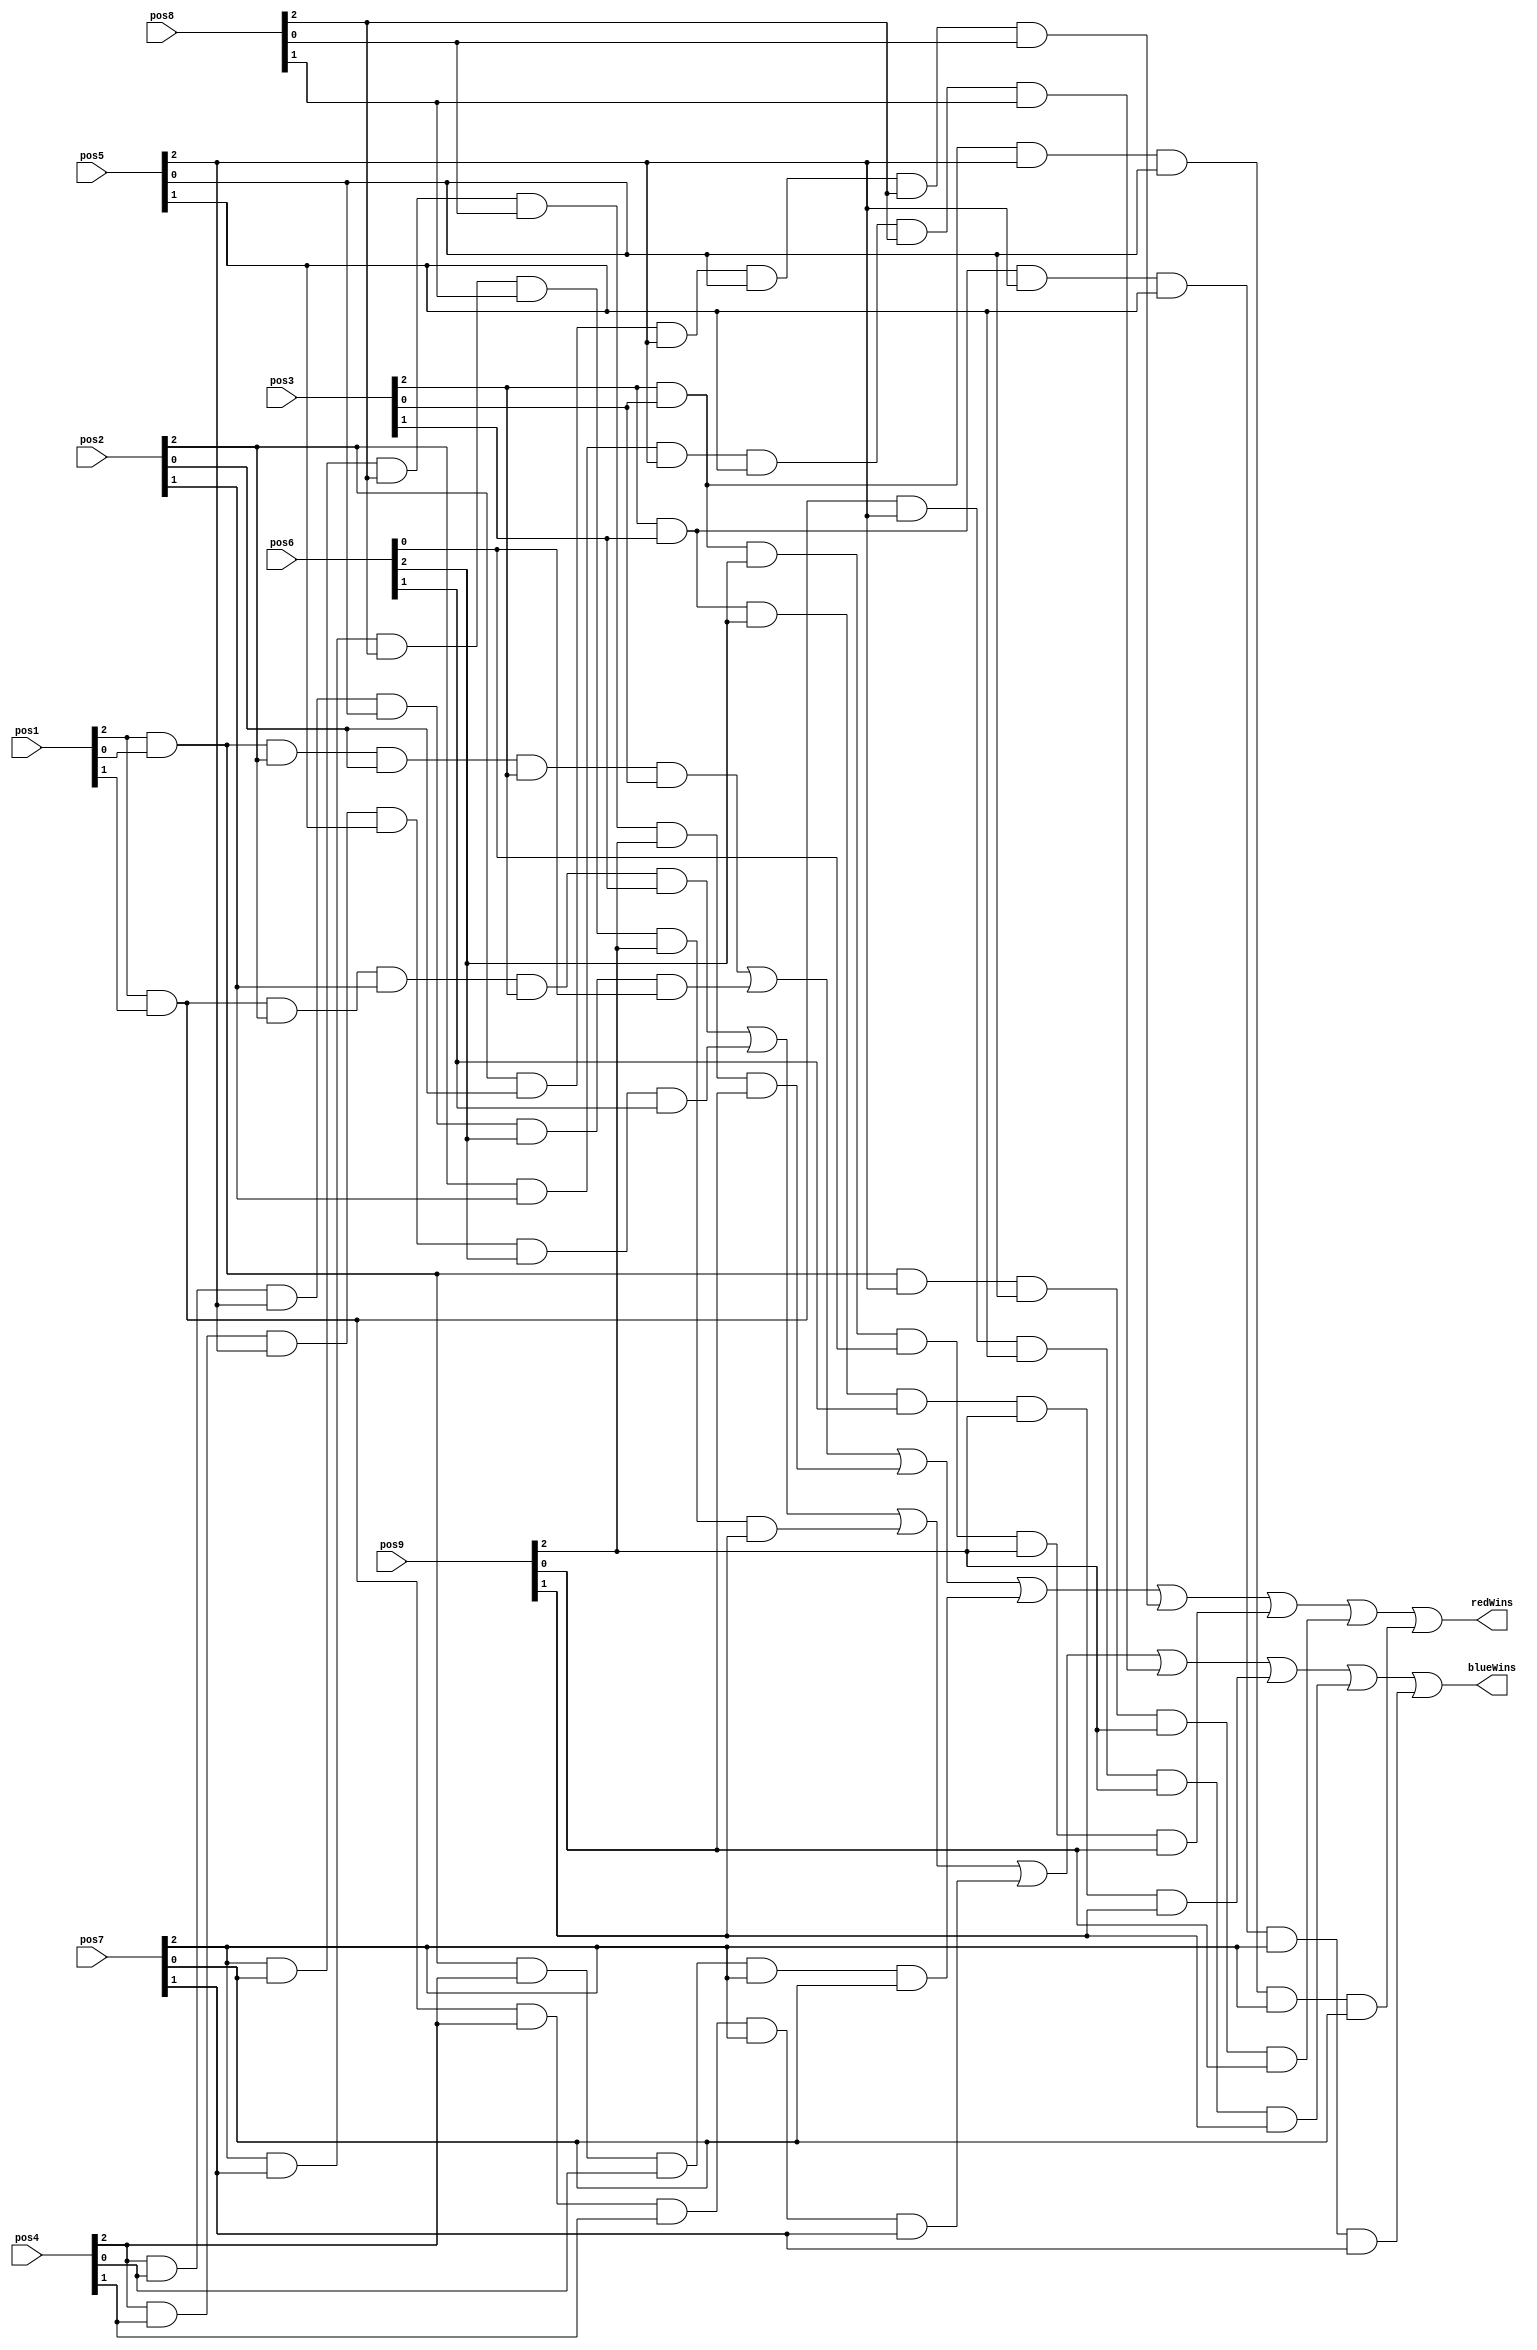
/*
--------------------------------------------------------------------------------
--
--   FileName:         gamelogic.v
--   Dependencies:     none
--   Design Software:  Quartus Prime Standard Edition
--
--   HDL CODE IS PROVIDED "AS IS."
--
--   Version History
--   Version 1.0 27.10.17 Kevin Pintong
--     Initial Public Release
--
--------------------------------------------------------------------------------
*/
module winner (
    input [2:0] pos1,
    input [2:0] pos2,
    input [2:0] pos3,
    input [2:0] pos4,
    input [2:0] pos5,
    input [2:0] pos6,
    input [2:0] pos7,
    input [2:0] pos8,
    input [2:0] pos9,
    output redWins,
    output blueWins
);

assign redWins =
    (pos1[2] & pos1[0] & pos2[2] & pos2[0] & pos3[2] & pos3[0]) | // top row
    (pos4[2] & pos4[0] & pos5[2] & pos5[0] & pos6[2] & pos6[0]) | // middle row
    (pos7[2] & pos7[0] & pos8[2] & pos8[0] & pos9[2] & pos9[0]) | // bottom row
    (pos1[2] & pos1[0] & pos4[2] & pos4[0] & pos7[2] & pos7[0]) | // left column
    (pos2[2] & pos2[0] & pos5[2] & pos5[0] & pos8[2] & pos8[0]) | // middle column
    (pos3[2] & pos3[0] & pos6[2] & pos6[0] & pos9[2] & pos9[0]) | // right column
    (pos1[2] & pos1[0] & pos5[2] & pos5[0] & pos9[2] & pos9[0]) | // diagonal "\"
    (pos3[2] & pos3[0] & pos5[2] & pos5[0] & pos7[2] & pos7[0]);  // diagonal "/
assign blueWins =
    (pos1[2] & pos1[1] & pos2[2] & pos2[1] & pos3[2] & pos3[1]) | // top row
    (pos4[2] & pos4[1] & pos5[2] & pos5[1] & pos6[2] & pos6[1]) | // middle row
    (pos7[2] & pos7[1] & pos8[2] & pos8[1] & pos9[2] & pos9[1]) | // bottom row
    (pos1[2] & pos1[1] & pos4[2] & pos4[1] & pos7[2] & pos7[1]) | // left column
    (pos2[2] & pos2[1] & pos5[2] & pos5[1] & pos8[2] & pos8[1]) | // middle column
    (pos3[2] & pos3[1] & pos6[2] & pos6[1] & pos9[2] & pos9[1]) | // right column
    (pos1[2] & pos1[1] & pos5[2] & pos5[1] & pos9[2] & pos9[1]) | // diagonal "\"
    (pos3[2] & pos3[1] & pos5[2] & pos5[1] & pos7[2] & pos7[1]);  // diagonal "/
endmodule